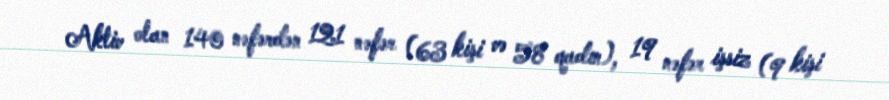
Aktiv olan 140 nəfərdən 121 nəfər (63 kişi və 58 qadın), 19 nəfər işsiz (9 kişi